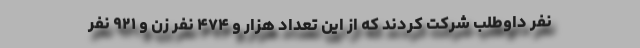
نفر داوطلب شرکت کردند که از این تعداد هزار و ۴۷۴ نفر زن و ۹۲۱ نفر